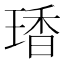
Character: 𤧘